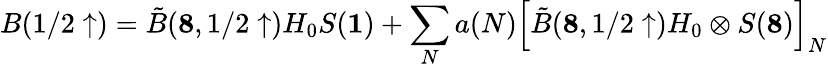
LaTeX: B(1/2\uparrow)=\tilde{B}({\mathbf 8},1/2\uparrow)H_{0}S({\mathbf 1})+\sum_{N}a(N)\left[\tilde{B}({\mathbf 8},1/2\uparrow)H_{0}\otimes S({\mathbf 8})\right]_{N}